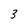
Character: 3